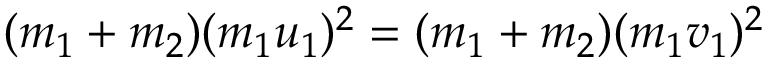
( m _ { 1 } + m _ { 2 } ) ( m _ { 1 } u _ { 1 } ) ^ { 2 } = ( m _ { 1 } + m _ { 2 } ) ( m _ { 1 } v _ { 1 } ) ^ { 2 } \,